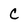
Character: C